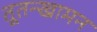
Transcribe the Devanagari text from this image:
तूतन्खामन